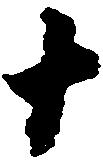
十